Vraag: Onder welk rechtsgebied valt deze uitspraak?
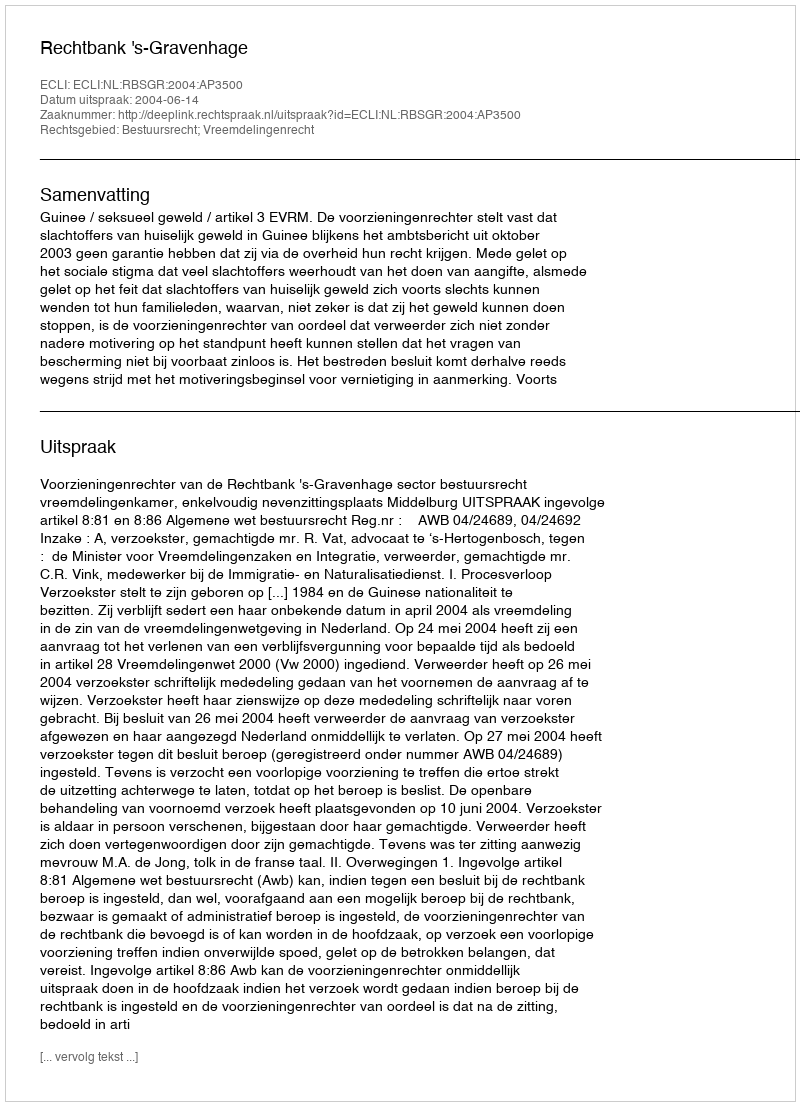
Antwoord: Bestuursrecht; Vreemdelingenrecht